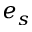
e _ { s }